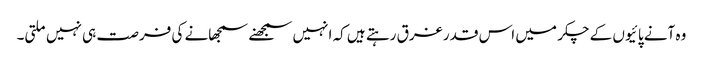
وہ آنے پائیوں کے چکر میں اس قدر غرق رہتے ہیں کہ انہیں سمجھنے سمجھانے کی فرصت ہی نہیں ملتی۔